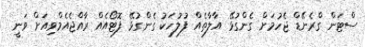
ސްޓަން ގްރެނޭޑް ޖެހުމަށް ގެންގުޅޭ އާލާތެއް ފުލުހަކު ގެންގުޅޭ ފޮޓޯއެއް ރާއްޖެއެމްވިއަށް ވަނީ